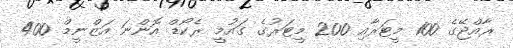
ރާއްޖޭގެ 100 މީޓަރާއި 200 މީޓަރުގެ ގައުމީ ރެކޯޑް އޮންނަ އަޒްނީމް 400